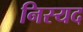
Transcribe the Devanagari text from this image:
निस्यद